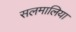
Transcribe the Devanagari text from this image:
सलमालिया